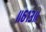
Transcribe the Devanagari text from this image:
॥६१३॥